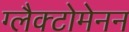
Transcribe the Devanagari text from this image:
ग्लैक्टोमेनन